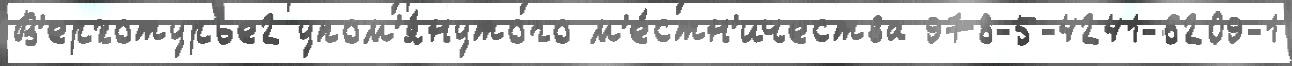
В'ерхотурье2 упом'я́нутого м'е́стн'ичества 978-5-4241-6209-1